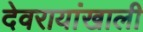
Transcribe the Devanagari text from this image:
देवरायांखाली